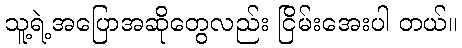
သူ့ရဲ့အပြောအဆိုတွေလည်း ငြိမ်းအေးပါ တယ်။